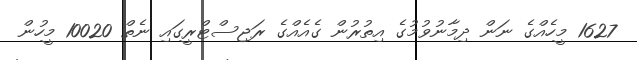
1627 މީހެއްގެ ނަން ދިމާނުވުމުގެ އިތުރުން ގެއެއްގެ ރަޖިސްޓްރީގައި ނެތް 10020 މީހުން